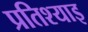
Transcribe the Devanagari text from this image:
प्रतिश्याइ